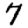
Digit: 7